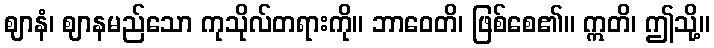
ဈာနံ၊ ဈာနမည်သော ကုသိုလ်တရားကို။ ဘာဝေတိ၊ ဖြစ်စေ၏။ ဣတိ၊ ဤသို့။